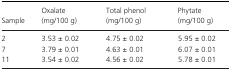
<table><thead><tr><td><b>Sample</b></td><td><b>Oxalate (mg/100 g)</b></td><td><b>Total phenol (mg/100 g)</b></td><td><b>Phytate (mg/100 g)</b></td></tr></thead><tbody><tr><td>2</td><td>3.53 ± 0.02</td><td>4.75 ± 0.02</td><td>5.95 ± 0.02</td></tr><tr><td>7</td><td>3.79 ± 0.01</td><td>4.63 ± 0.01</td><td>6.07 ± 0.01</td></tr><tr><td>11</td><td>3.54 ± 0.02</td><td>4.56 ± 0.02</td><td>5.78 ± 0.01</td></tr></tbody></table>